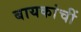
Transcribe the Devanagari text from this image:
बायकांचीं